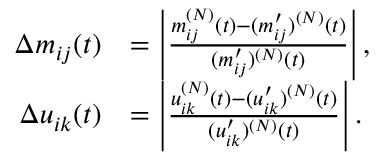
\begin{array} { r l } { \Delta m _ { i j } ( t ) } & { = \left| \frac { m _ { i j } ^ { ( N ) } ( t ) - ( m _ { i j } ^ { \prime } ) ^ { ( N ) } ( t ) } { ( m _ { i j } ^ { \prime } ) ^ { ( N ) } ( t ) } \right| , } \\ { \Delta u _ { i k } ( t ) } & { = \left| \frac { u _ { i k } ^ { ( N ) } ( t ) - ( u _ { i k } ^ { \prime } ) ^ { ( N ) } ( t ) } { ( u _ { i k } ^ { \prime } ) ^ { ( N ) } ( t ) } \right| . } \end{array}